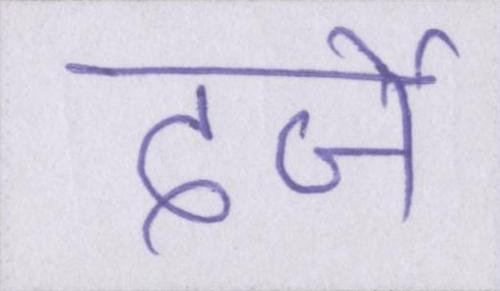
दर्जे